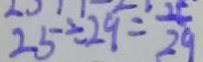
2 5 \div 2 9 = \frac { 2 5 } { 2 9 }